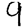
Digit: 9